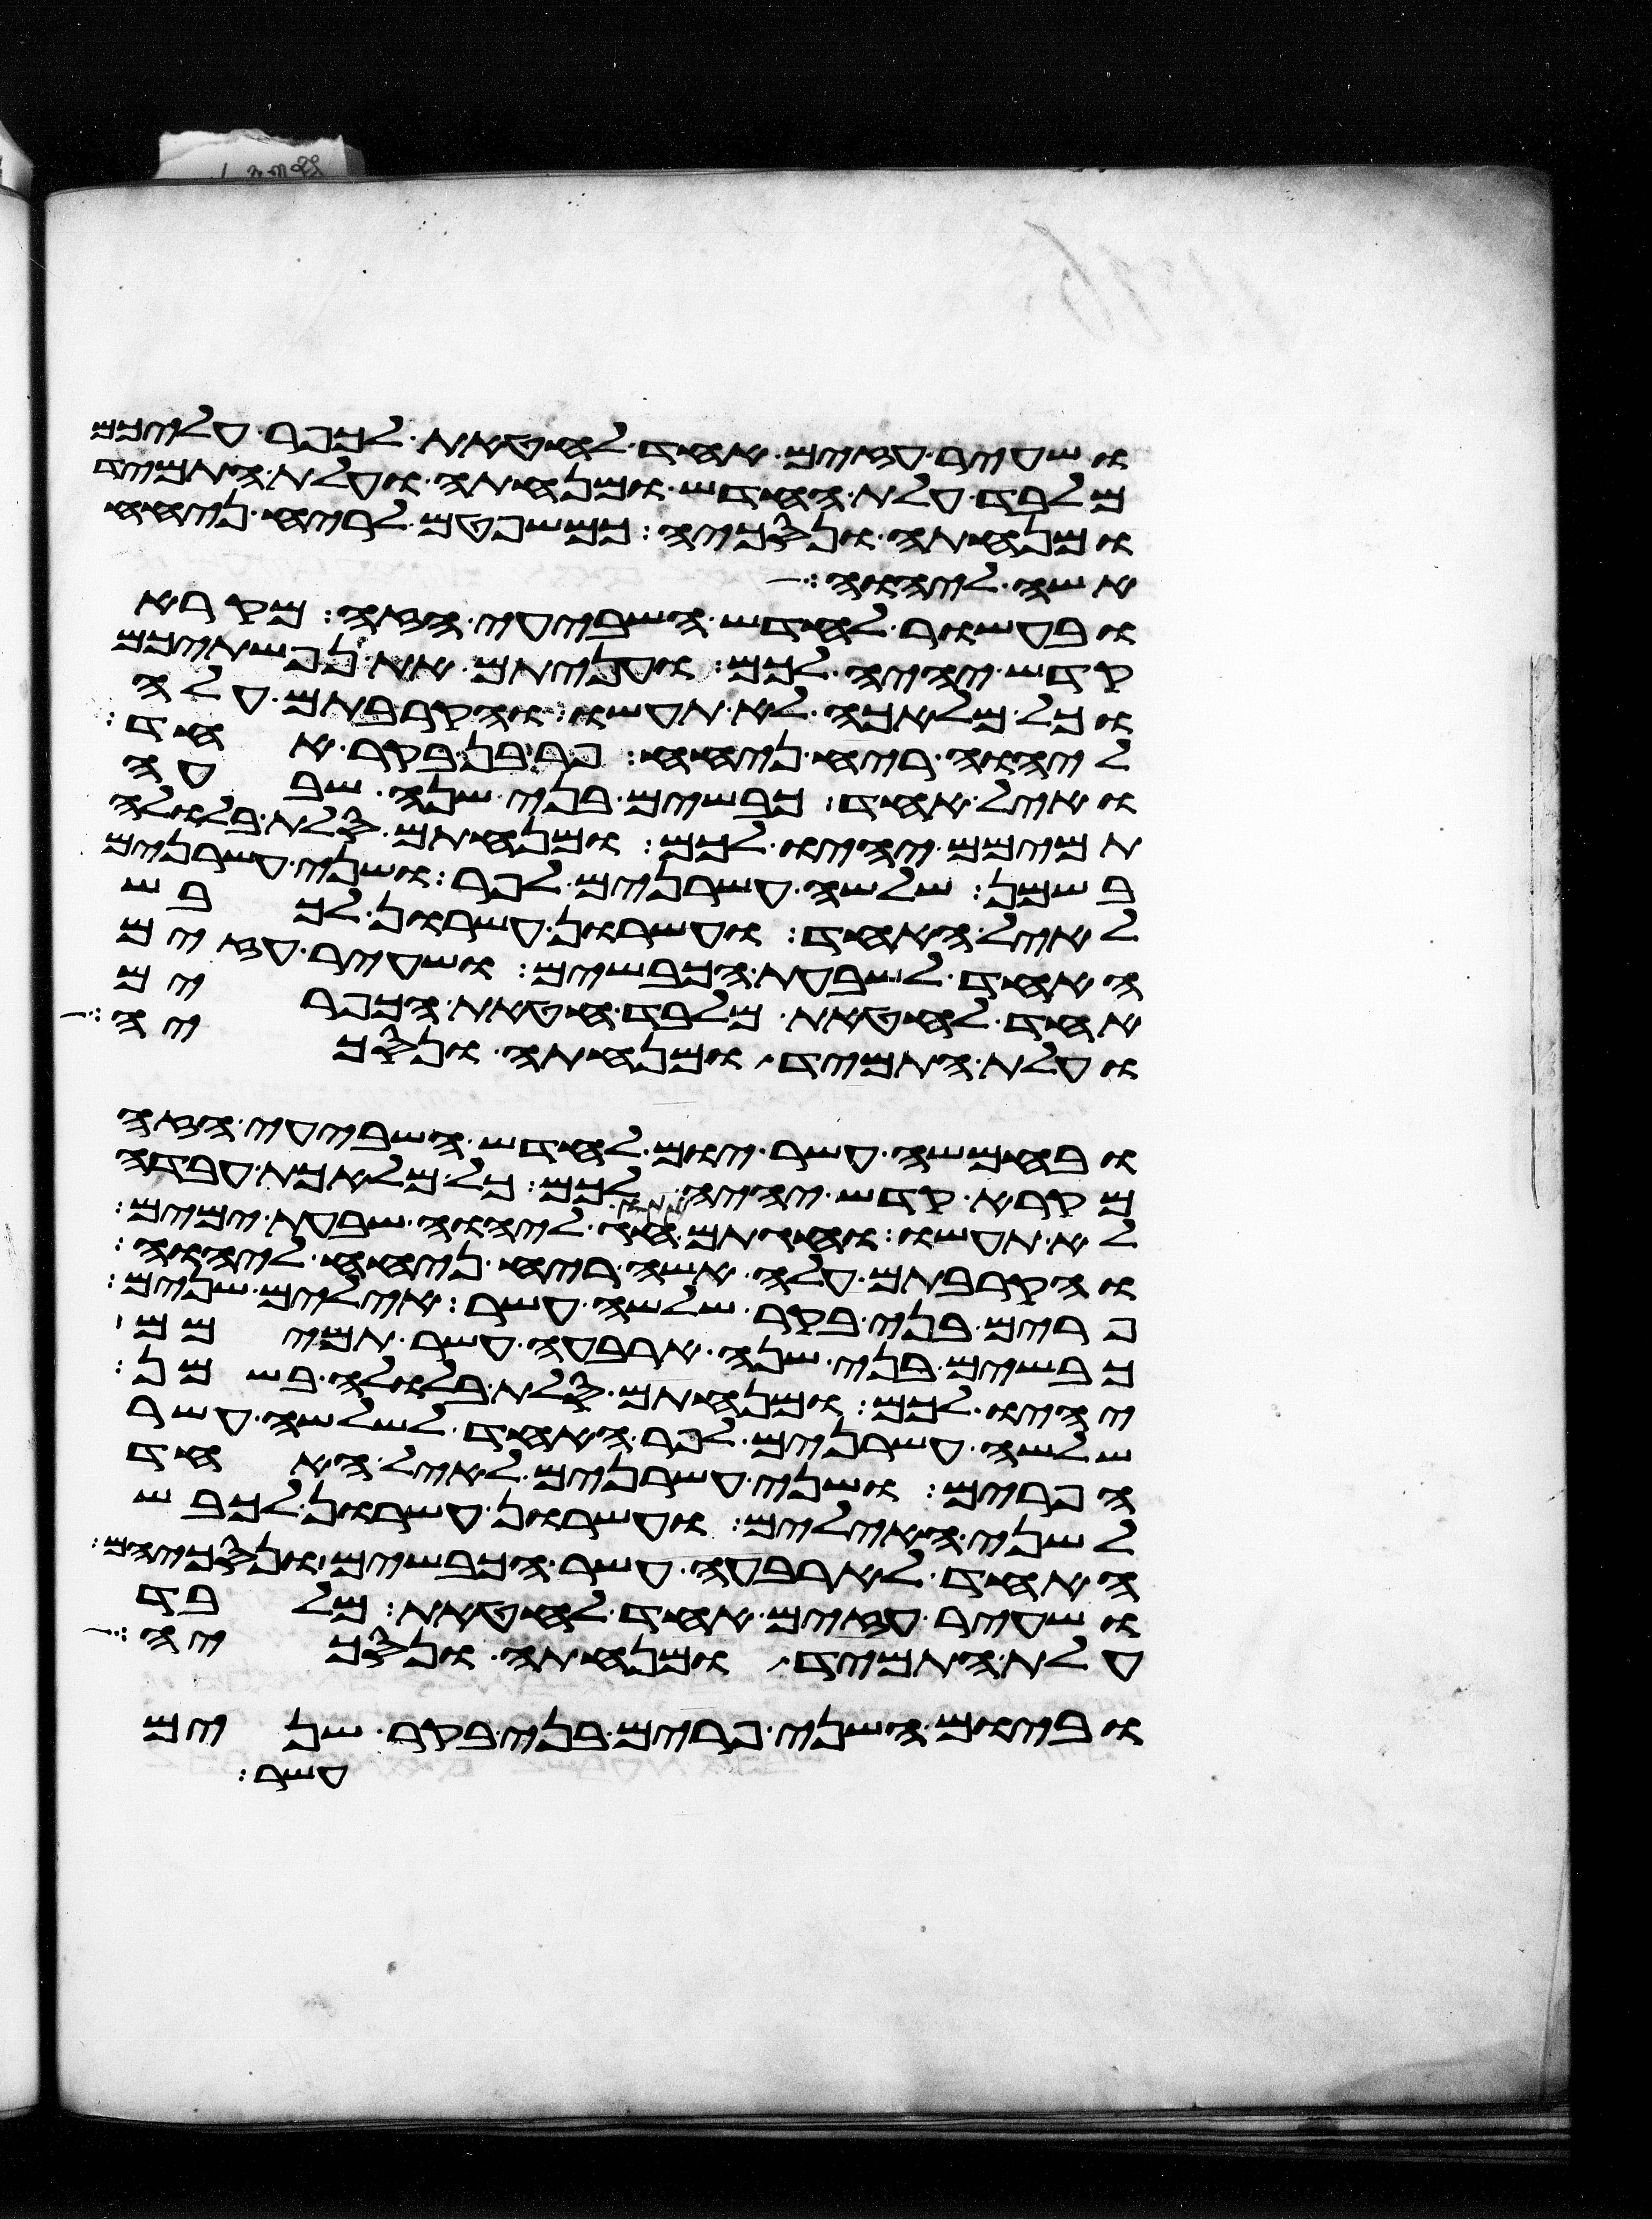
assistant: ושעיר עזים אחד לחטאת לכפר עליכם
מלבד עלת החדש ומנחתה ועלת התמיד
ומנחתה ונסכיה כמשפטם לריח ניחח
אשה ליהוה
ובעשור לחדש השביעי הזה מקרא
קדש יהיה לכם ועניתם את נפשתיכם
וכל מלאכה לא תעשו והקרבתם עלה
ליהוה ריח ניחח פר בן בקר אחד
ואיל אחד כבשים בני שנה שבעה
תמימם יהיו לכם ומנחתם סלת בלולה
בשמן שלשה עשרנים לפר ושני עשרנים
לאיל האחד ועשרון עשרון לכבש
האחד לשבעת הכבשים ושעיר עזים
אחד לחטאת מלבד חטאת הכפורים
ועלת התמיד ומנחתה ונסכיה
ובחמשה עשר יום לחדש השביעי הזה
מקרא קדש יהיה לכם כל מלאכת עבדה
לא תעשו וחגתם חג ליהוה שבעת ימים
והקרבתם עלה אשה ריח ניחח ליהוה
פרים בני בקר שלשה עשר אילים שנים
כבשים בני שנה ארבעה עשר תמימם
יהיו לכם ומנחתם סלת בלולה בשמן
שלשה עשרנים לפר האחד לשלשה עשר
הפרים ושני עשרנים לאיל האחד
לשני האילים ועשרון עשרון לכבש
האחד לארבעה עשר הכבשים ונסכיהם
ושעיר עזים אחד לחטאת מלבד
עלת התמיד ומנחתה ונסכיה
וביום השני פרים בני בקר שנים
עשר